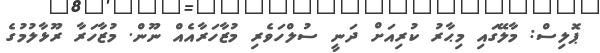
ޕޮލިސް: މާލޭގައި މިޙާރު ކުރިއަށް ދަނީ ސުލްހަވެރި މުޒާހަރާއެއް ނޫން. މުޒާހަރާ ރޫޅާލުމުގެ